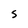
Character: S